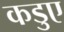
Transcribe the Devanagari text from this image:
कडुए